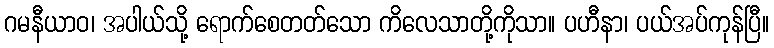
ဂမနီယာဝ၊ အပါယ်သို့ ရောက်စေတတ်သော ကိလေသာတို့ကိုသာ။ ပဟီနာ၊ ပယ်အပ်ကုန်ပြီ။